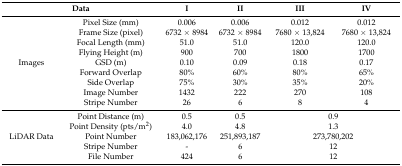
<table><thead><tr><td colspan="2"><b>Data</b></td><td><b>I</b></td><td><b>II</b></td><td><b>III</b></td><td><b>IV</b></td></tr></thead><tbody><tr><td rowspan="9">Images</td><td>Pixel Size (mm)</td><td>0.006</td><td>0.006</td><td>0.012</td><td>0.012</td></tr><tr><td>Frame Size (pixel)</td><td>6732 × 8984</td><td>6732 × 8984</td><td>7680 × 13,824</td><td>7680 × 13,824</td></tr><tr><td>Focal Length (mm)</td><td>51.0</td><td>51.0</td><td>120.0</td><td>120.0</td></tr><tr><td>Flying Height (m)</td><td>900</td><td>700</td><td>1800</td><td>1700</td></tr><tr><td>GSD (m)</td><td>0.10</td><td>0.09</td><td>0.18</td><td>0.17</td></tr><tr><td>Forward Overlap</td><td>80%</td><td>60%</td><td>80%</td><td>65%</td></tr><tr><td>Side Overlap</td><td>75%</td><td>30%</td><td>35%</td><td>20%</td></tr><tr><td>Image Number</td><td>1432</td><td>222</td><td>270</td><td>108</td></tr><tr><td>Stripe Number</td><td>26</td><td>6</td><td>8</td><td>4</td></tr><tr><td rowspan="5">LiDAR Data</td><td>Point Distance (m)</td><td>0.5</td><td>0.5</td><td colspan="2">0.9</td></tr><tr><td>Point Density (pts/m<sup>2</sup>)</td><td>4.0</td><td>4.8</td><td colspan="2">1.3</td></tr><tr><td>Point Number</td><td>183,062,176</td><td>251,893,187</td><td colspan="2">273,780,202</td></tr><tr><td>Stripe Number</td><td>-</td><td>6</td><td colspan="2">12</td></tr><tr><td>File Number</td><td>424</td><td>6</td><td colspan="2">12</td></tr></tbody></table>